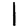
Digit: 1